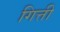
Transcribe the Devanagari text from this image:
गित्ती